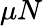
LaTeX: \mu N